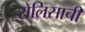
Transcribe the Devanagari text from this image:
रोलिसाची